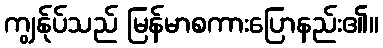
ကျွန်ုပ်သည် မြန်မာစကားပြောနည်း၏။